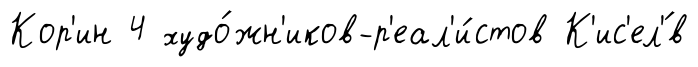
Кор'ин 4 худо́жн'иков-р'еал'и́стов К'ис'ел'́в